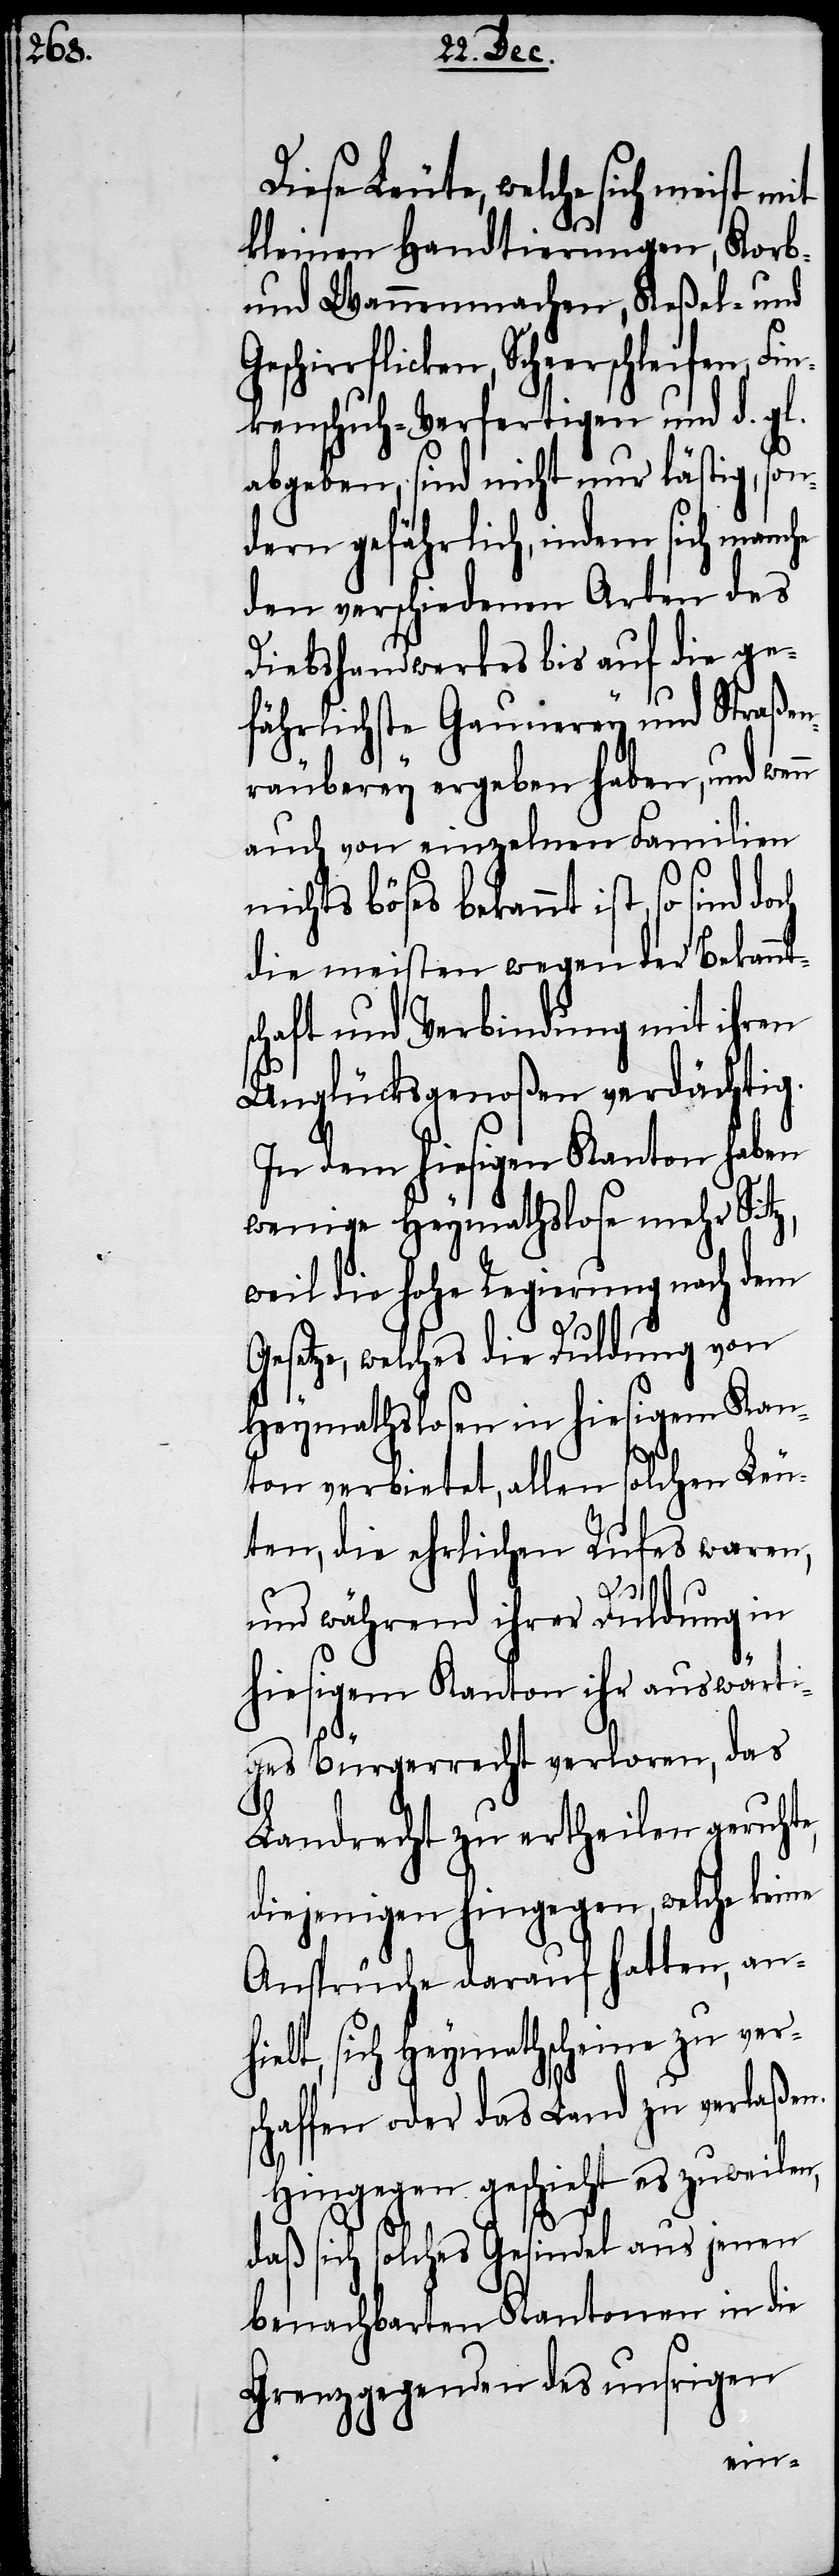
Diese Leute, welche sich meist
kleinen Handtierungen, Korb-
und Wannenmachen, Keßel- und
Geschirrflicken, Scheerschleifen,
kenschuh-Verfertigen und d. gl.
abgeben, sind nicht nur lästig, so¬
ndern gefährlich, indem sich manche
den verschiedenen Arten des
Diebshandwerkes bis auf die ge¬
fährlichste Gaunerey und Straßen¬
räuberey ergeben haben, und wen¬
auch von einzelnen Familien
nichts böses bekannt ist, so sind
die meisten wegen der Bekannt¬
schaft und Verbindung mit ihren
Unglücksgenoßen verdächtig.
In dem hiesigen Kanton haben
wenige Heymathslose mehr Sitz,
weil die hohe Regierung nach dem
Gesetze, welches die Duldung von
Heymathslosen in hiesigem Kan¬
ton verbietet, allen solchen Leu¬
ten, die ehrlichen Rufes waren,
n
und während ihrer Duldung in
hiesigem Kanton ihr auswärti¬
ges Bürgerrecht verloren, das
Landrecht zu ertheilen geruhte,
diejenigen hingegen, welche keine
Ansprüche darauf hatten, anh¬
ielt, sich Heymatscheine zu vers¬
chaffen oder das Land zu verlaßen.
Hingegen geschieht es zuweilen,
daß sich solches Gesindel aus jenen
benachbarten Kantonen in die
Grenzgegenden des unsrigen
Fin¬